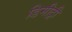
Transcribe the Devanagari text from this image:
डिमीट्री